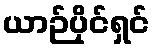
ယာဉ်ပိုင်ရှင်